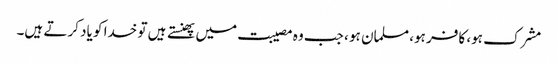
مشرک ہو، کافر ہو، مسلمان ہو ، جب وہ مصیبت میں پھنستے ہیں تو خدا کو یاد کرتے ہیں۔